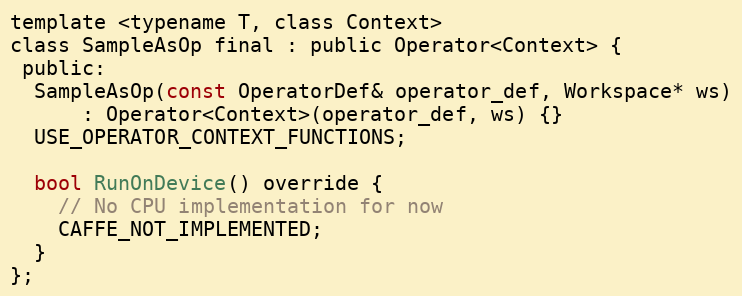
Language: C
template <typename T, class Context>
class SampleAsOp final : public Operator<Context> {
 public:
  SampleAsOp(const OperatorDef& operator_def, Workspace* ws)
      : Operator<Context>(operator_def, ws) {}
  USE_OPERATOR_CONTEXT_FUNCTIONS;

  bool RunOnDevice() override {
    // No CPU implementation for now
    CAFFE_NOT_IMPLEMENTED;
  }
};